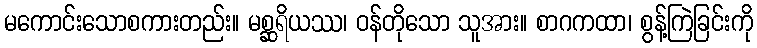
မကောင်းသောစကားတည်း။ မစ္ဆရိယဿ၊ ဝန်တိုသော သူအား။ စာဂကထာ၊ စွန့်ကြဲခြင်းကို